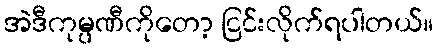
အဲဒီကုမ္ပဏီကိုတော့ ငြင်းလိုက်ရပါတယ်။